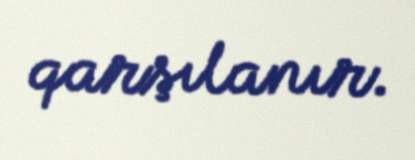
qarşılanır.